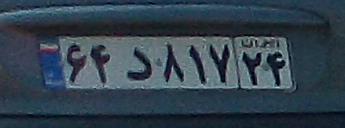
۶۴د۸۱۷۲۴